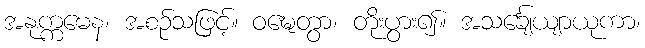
အနုက္ကမေန၊ အစဉ်သဖြင့်။ ဝဍ္ဎေတွာ၊ တိုးပွား၍။ အသင်္ချေယျာယုကာ၊